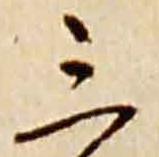
三